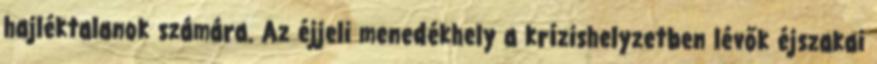
hajléktalanok számára. Az éjjeli menedékhely a krízishelyzetben lévők éjszakai